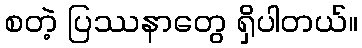
စတဲ့ ပြဿနာတွေ ရှိပါတယ်။